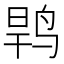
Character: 𱉶